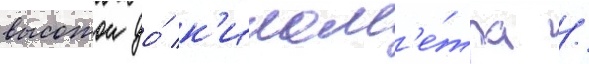
высотои до́ к'илом'е́тра /